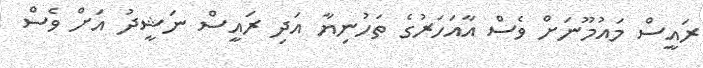
ރައީސް މައުމޫނަށް ވެސް އާއަހަރުގެ ތަހުނިޔާ އަދި ރައީސް ނަޝީދު އަށް ވެސް